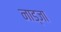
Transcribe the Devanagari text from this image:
नाड्जा